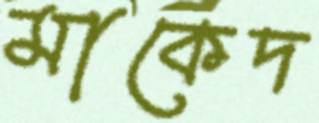
মাকেদ